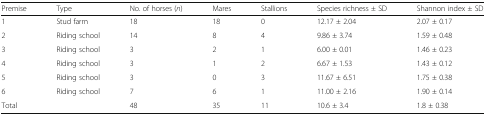
| Premise | Type | No. of horses (n) | Mares | Stallions | Species richness ± SD | Shannon index ± SD |
 | --- | --- | --- | --- | --- | --- | --- |
 | 1 | Stud farm | 18 | 18 | 0 | 12.17 ± 2.04 | 2.07 ± 0.17 |
 | 2 | Riding school | 14 | 8 | 4 | 9.86 ± 3.74 | 1.59 ± 0.48 |
 | 3 | Riding school | 3 | 2 | 1 | 6.00 ± 0.01 | 1.46 ± 0.23 |
 | 4 | Riding school | 3 | 1 | 2 | 6.67 ± 1.53 | 1.43 ± 0.12 |
 | 5 | Riding school | 3 | 0 | 3 | 11.67 ± 6.51 | 1.75 ± 0.38 |
 | 6 | Riding school | 7 | 6 | 1 | 11.00 ± 2.16 | 1.90 ± 0.14 |
 | <COLSPAN=2> Total | 48 | 35 | 11 | 10.6 ± 3.4 | 1.8 ± 0.38 |